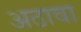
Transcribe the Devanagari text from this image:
अठावा